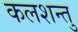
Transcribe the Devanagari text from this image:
कलशन्तु